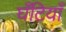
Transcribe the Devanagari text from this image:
घँटियाँ